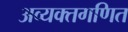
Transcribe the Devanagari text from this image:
अव्यक्तगणित